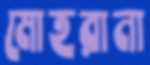
মোহরানা